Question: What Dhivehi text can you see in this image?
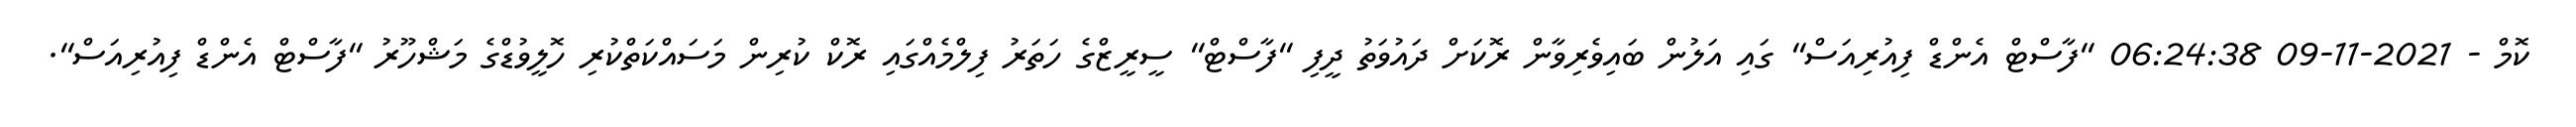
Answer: ކޮމް - 2021-11-09 06:24:38 "ފާސްޓް އެންޑް ފިއުރިއަސް" ގައި އަލުން ބައިވެރިވާން ރޮކަށް ދައުވަތު ދީފި "ފާސްޓް" ސީރީޒްގެ ހަތަރު ފިލްމެއްގައި ރޮކް ކުރިން މަސައްކަތްކުރި ހޮލީވުޑްގެ މަޝްހޫރު "ފާސްޓް އެންޑް ފިއުރިއަސް".